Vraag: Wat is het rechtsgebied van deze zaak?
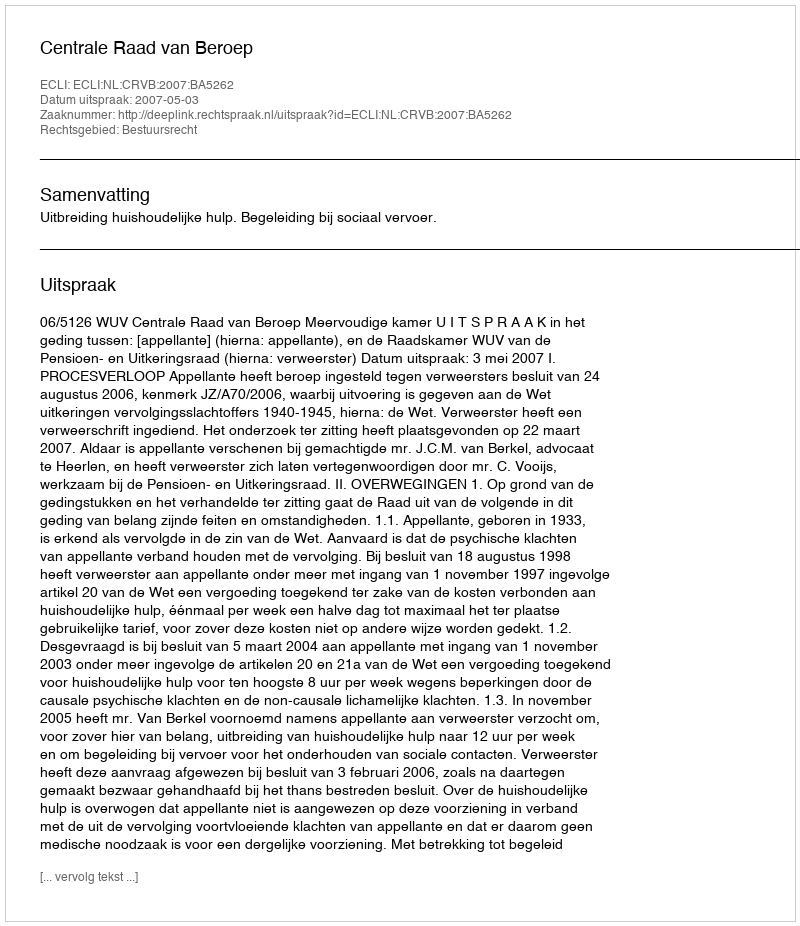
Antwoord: Bestuursrecht